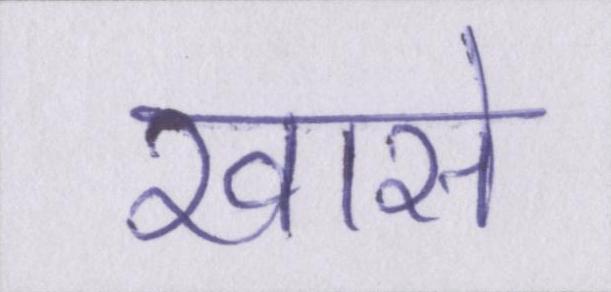
खासे